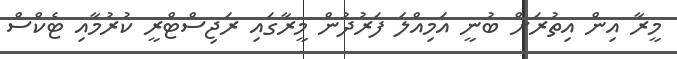
މީރާ އިން އިތުރަށް ބުނީ އަމިއްލަ ފަރުދުން މީރާގައި ރަޖިސްޓްރީ ކުރުމާއި ޓެކްސް